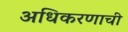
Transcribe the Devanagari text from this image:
अधिकरणाची